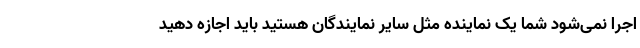
اجرا نمی‌شود شما یک نماینده مثل سایر نمایندگان هستید باید اجازه دهید